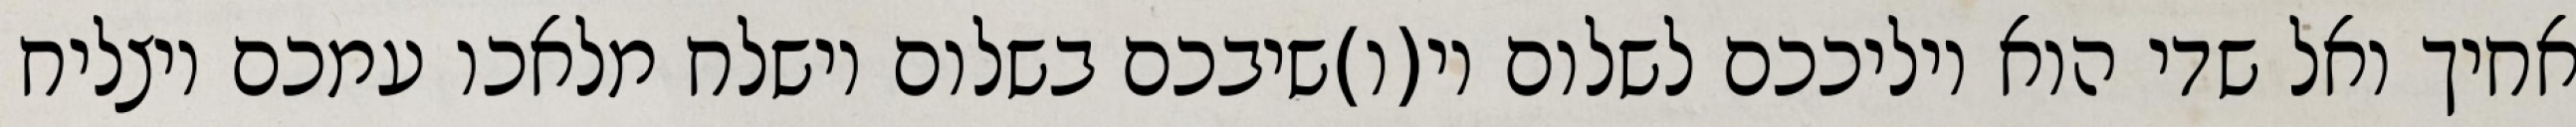
אחיך ואל שדי הוא יוליככם לשלום וי(ו)שיבכם בשלום וישלח מלאכו עמכם ויצליח